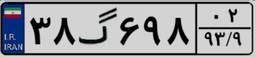
۳۸گ۶۹۸۰۲